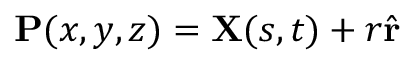
\mathbf { P } ( x , y , z ) = \mathbf { X } ( s , t ) + r \hat { \mathbf { r } }